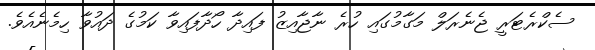
ސެކްރެޓަރީ ޖެނެރަލް މަގާމުގައި ހުރެ ނާޖާއިޒު ފައިދާ ހޯދާފައިވާ ކަމުގެ ދައުވާ ހިމެނެއެވެ.